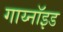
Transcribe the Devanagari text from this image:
गाय्नॉइड